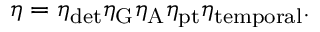
\eta = \eta _ { \mathrm { d e t } } \eta _ { \mathrm { G } } \eta _ { \mathrm { A } } \eta _ { \mathrm { p t } } \eta _ { \mathrm { t e m p o r a l } } .